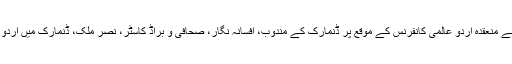
پاکستان آرٹس کونسل کراچی کی جانب سے منعقدہ اردو عالمی کانفرنس کے موقع پر ڈنمارک کے مندوب، افسانہ نگار، صحافی و براڈ کاسٹر، نصر ملک، ڈنمارک میں اردو کے موضوع پر اپنا مقالھ پڑھ رہے ہیں ۔